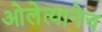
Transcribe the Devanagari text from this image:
ओलेत्यानेच